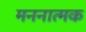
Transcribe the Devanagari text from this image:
मननात्मक